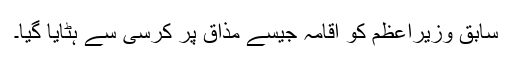
سابق وزیراعظم کو اقامہ جیسے مذاق پر کرسی سے ہٹایا گیا۔